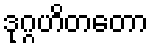
ဒုဂ္ဂဟိတတော